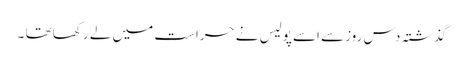
گذشتہ دس روزسے اسے پولیس نے حراست میں لے رکھا تھا ۔